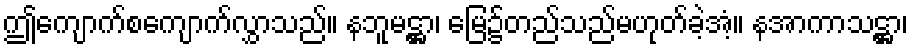
ဤကျောက်စကျောက်လွှာသည်။ နဘူမဋ္ဌာ၊ မြေ၌တည်သည်မဟုတ်ခဲ့အံ့။ နအာကာသဋ္ဌာ၊